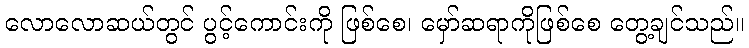
လောလောဆယ်တွင် ပွင့်ကောင်းကို ဖြစ်စေ၊ မှော်ဆရာကိုဖြစ်စေ တွေ့ချင်သည်။